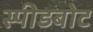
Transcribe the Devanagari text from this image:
स्‍पीडबोट